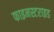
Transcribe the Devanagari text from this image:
फाइनस्टराइड